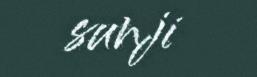
sunji